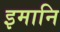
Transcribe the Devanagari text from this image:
इमानि